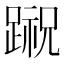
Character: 𨃷